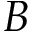
B